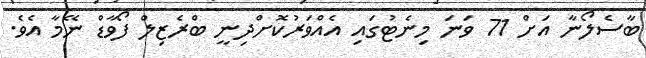
ބާސެލޯނާ އަށް 71 ވަނަ މިނެޓުގައި އެއްވަރުކޮށްދިނީ ބްރެޒިލް ފޯވާޑް ނޭމާ އެވެ.